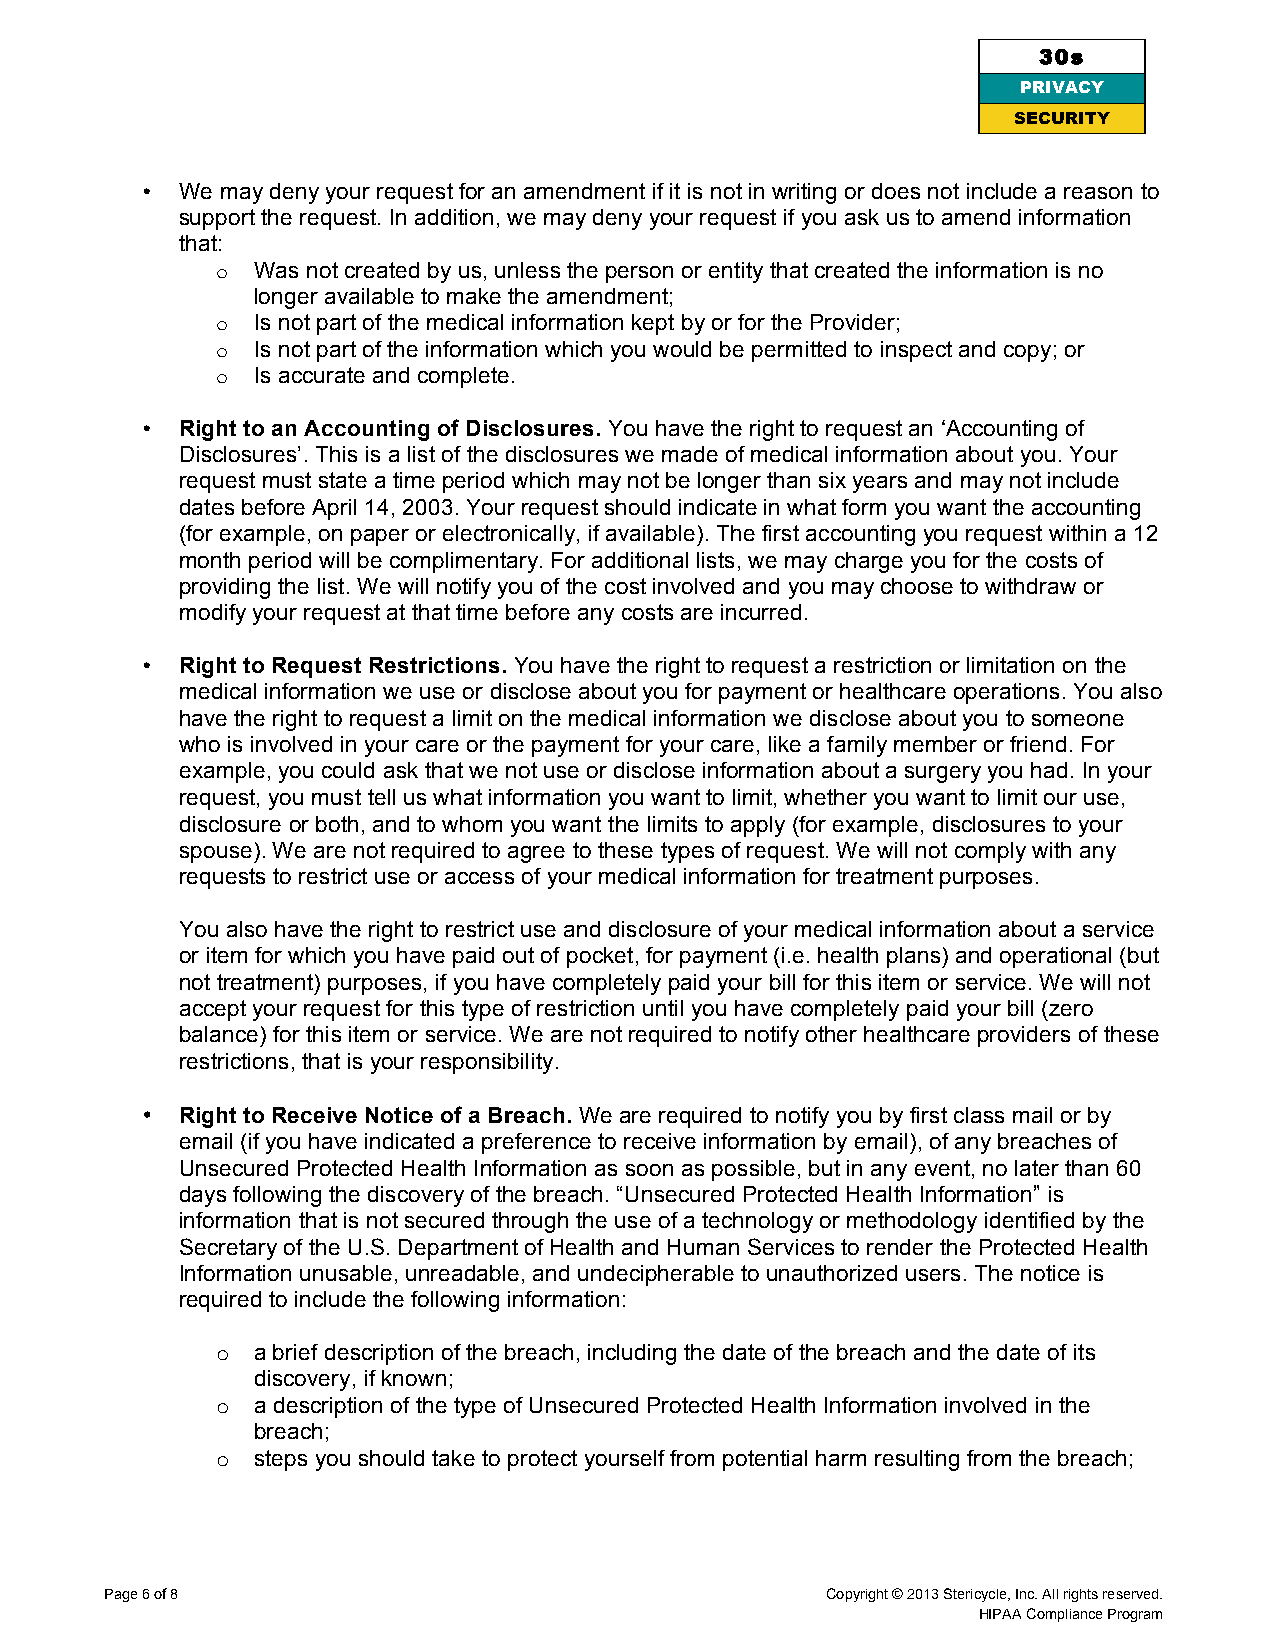
30s
 PRIVACY
 SECURI TY
 •  We may deny your request for an amendment if it is not in writing or does not include a reason to
 support the request. In addition, we may deny your request if you ask us to amend information
 that:
 o  Was not created by us, unless the person or entity that created the information is no
 longer available to make the amendment;
 o  Is not part of the medical information kept by or for the Provider;
 o  Is not part of the information which you would be permitted to inspect and copy; or
 o  Is accurate and complete.
 •  Right to an Accounting of Disclosures. You have the right to request an ‘Accounting of
 Disclosures’. This is a list of the disclosures we made of medical information about you. Your
 request must state a time period which may not be longer than six years and may not include
 dates before April 14, 2003. Your request should indicate in what form you want the accounting
 (for example, on paper or electronically, if available). The first accounting you request within a 12
 month period will be complimentary. For additional lists, we may charge you for the costs of
 providing the list. We will notify you of the cost involved and you may choose to withdraw or
 modify your request at that time before any costs are incurred.
 •  Right to Request Restrictions. You have the right to request a restriction or limitation on the
 medical information we use or disclose about you for payment or healthcare operations. You also
 have the right to request a limit on the medical information we disclose about you to someone
 who is involved in your care or the payment for your care, like a family member or friend. For
 example, you could ask that we not use or disclose information about a surgery you had. In your
 request, you must tell us what information you want to limit, whether you want to limit our use,
 disclosure or both, and to whom you want the limits to apply (for example, disclosures to your
 spouse). We are not required to agree to these types of request. We will not comply with any
 requests to restrict use or access of your medical information for treatment purposes.
 You also have the right to restrict use and disclosure of your medical information about a service
 or item for which you have paid out of pocket, for payment (i.e. health plans) and operational (but
 not treatment) purposes, if you have completely paid your bill for this item or service. We will not
 accept your request for this type of restriction until you have completely paid your bill (zero
 balance) for this item or service. We are not required to notify other healthcare providers of these
 restrictions, that is your responsibility.
 •  Right to Receive Notice of a Breach. We are required to notify you by first class mail or by
 email (if you have indicated a preference to receive information by email), of any breaches of
 Unsecured Protected Health Information as soon as possible, but in any event, no later than 60
 days following the discovery of the breach. “Unsecured Protected Health Information” is
 information that is not secured through the use of a technology or methodology identified by the
 Secretary of the U.S. Department of Health and Human Services to render the Protected Health
 Information unusable, unreadable, and undecipherable to unauthorized users. The notice is
 required to include the following information:
 o  a brief description of the breach, including the date of the breach and the date of its
 discovery, if known;
 o  a description of the type of Unsecured Protected Health Information involved in the
 breach;
 o  steps you should take to protect yourself from potential harm resulting from the breach;
 Page 6 of 8                                     Copyright © 2013 Stericycle, Inc. All rights reserved.
 HIPAA Compliance Program